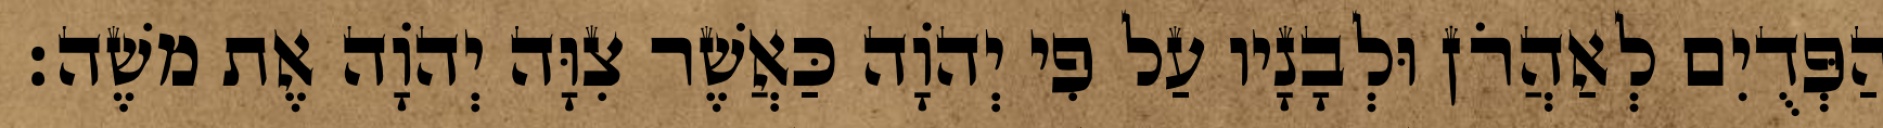
הַפְּדֻיִם לְאַהֲרֹן וּלְבָנָיו עַל פִי יְהוָֹה כַּאֲשֶׁר צִוָּה יְהוָֹה אֶת משֶׁה׃